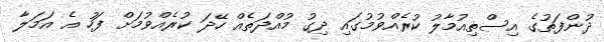
ދުންފަތުގެ އިސްތިއުމާލު ކުރެއްވުމުގައި ދިގު މުއްދަތެއް ހޭދަ ކުރެއްވުމަށް ފަހު އެ އަމަލާ